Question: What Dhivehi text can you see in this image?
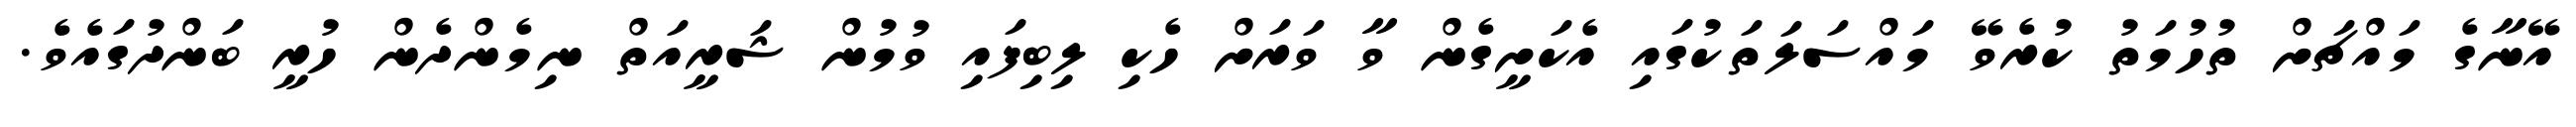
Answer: އޭނާގެ މައްޗަށް ތުހުމަތު ކުރެވޭ މައްސަލަތަކުގައި އެކަށީގެން ވާ ވަރަށް ހެކި ލިބިފައި ވުމުން ޝަރީއަތް ނިމެންދެން ހުރީ ބަންދުގައެވެ.